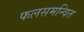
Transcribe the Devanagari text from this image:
फलसमन्वित